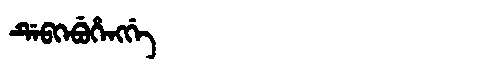
Manchu: ᡩᡝᠪᡴᡝᠪᡠᡥᡝᠩᡤᡝ
Romanization: DEBKEBUHENGGE